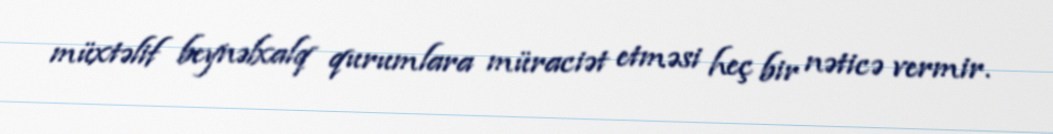
müxtəlif beynəlxalq qurumlara müraciət etməsi heç bir nəticə vermir.